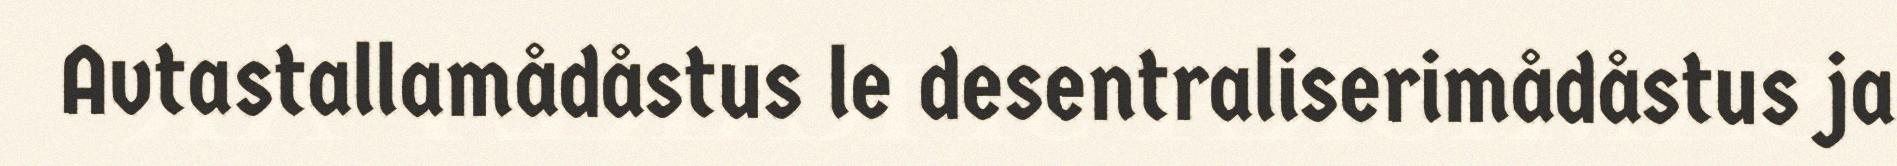
Avtastallamådåstus le desentraliserimådåstus ja